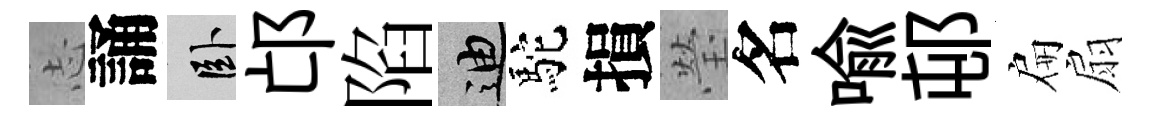
𢖽誦卧邙陷迪駝損瑩名喩邨扁扇